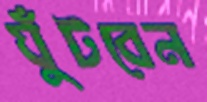
ঘুঁটবেন